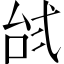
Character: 𱎔